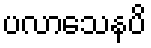
ပလာသေနပိ